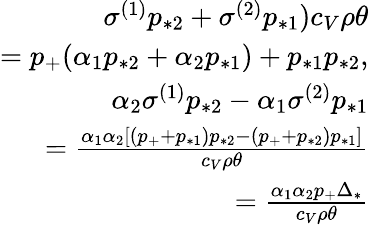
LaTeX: \begin{array}{r}{\sigma^{(1)}p_{*2}+\sigma^{(2)}p_{*1})c_{V}\rho\theta}\\ {=p_{+}(\alpha_{1}p_{*2}+\alpha_{2}p_{*1})+p_{*1}p_{*2},}\\ {\alpha_{2}\sigma^{(1)}p_{*2}-\alpha_{1}\sigma^{(2)}p_{*1}}\\ {=\frac{\alpha_{1}\alpha_{2}[(p_{+}+p_{*1})p_{*2}-(p_{+}+p_{*2})p_{*1}]}{c_{V}\rho\theta}}\\ {=\frac{\alpha_{1}\alpha_{2}p_{+}\Delta_{*}}{c_{V}\rho\theta}}\end{array}